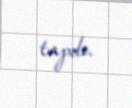
tapdı.